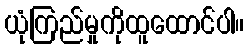
ယုံကြည်မှုကိုထူထောင်ပါ။